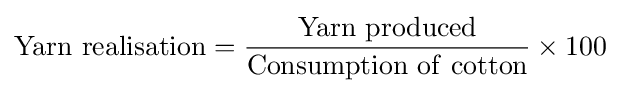
\mathrm {Yarn\ realisation} ={\frac {\mathrm {Yarn\ produced} }{\mathrm {Consumption\ of\ cotton} }}\times 100